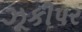
ઝૂકીપર